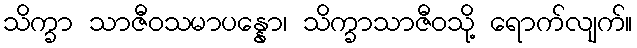
သိက္ခာ သာဇီဝသမာပန္နော၊ သိက္ခာသာဇီဝသို့ ရောက်လျက်။